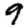
Digit: 9